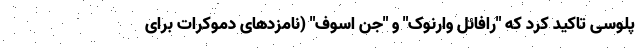
پلوسی تاکید کرد که "رافائل وارنوک" و "جن اسوف" (نامزدهای دموکرات برای